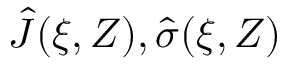
\hat { J } ( \xi , Z ) , \hat { \sigma } ( \xi , Z )